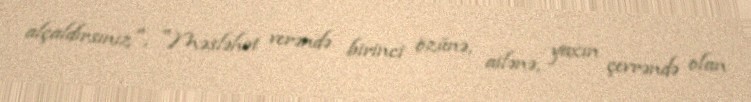
alçaldırsınız", "Məsləhət verəndə birinci özünə, ailənə, yaxın çevrəndə olan